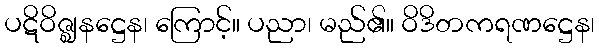
ပဋိဝိဇ္ဈနဋ္ဌေန၊ ကြောင့်။ ပညာ၊ မည်၏။ ဝိဒိတကရဏဋ္ဌေန၊